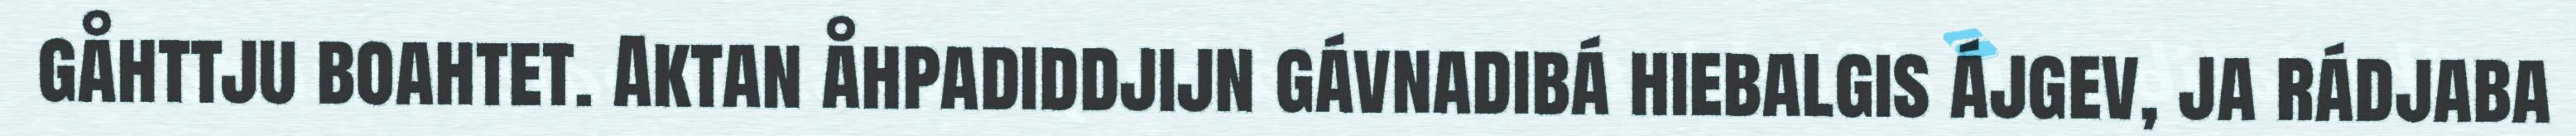
gåhttju boahtet. Aktan åhpadiddjijn gávnadibá hiebalgis ájgev, ja rádjaba